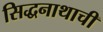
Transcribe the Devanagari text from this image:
सिद्धनाथाची